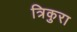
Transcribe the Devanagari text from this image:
त्रिकुरा